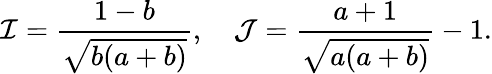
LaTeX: \mathcal{I}=\frac{1-b}{\sqrt{b(a+b)}},\quad\mathcal{J}=\frac{a+1}{\sqrt{a(a+b)}}-1.